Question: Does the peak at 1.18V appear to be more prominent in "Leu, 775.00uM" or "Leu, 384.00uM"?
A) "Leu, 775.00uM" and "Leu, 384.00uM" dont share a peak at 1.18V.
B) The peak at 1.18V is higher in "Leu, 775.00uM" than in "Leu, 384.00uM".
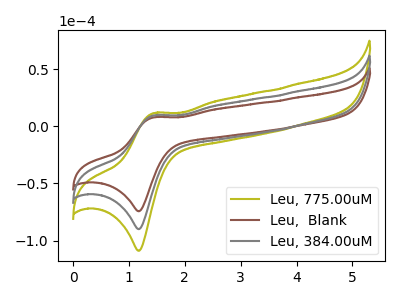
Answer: <think>The olive curve "Leu, 775.00uM" has an anodic peak at (1.45V, 19.30uA) and a cathodic peak at (1.20V, -179.90uA). The brown curve "Leu,  Blank" has an anodic peak at (1.45V, 7.95uA) and a cathodic peak at (1.20V, -74.30uA). The gray curve "Leu, 384.00uM" has an anodic peak at (1.45V, 9.65uA) and a cathodic peak at (1.20V, -89.95uA).</think>
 <answer>B) The peak at 1.18V is higher in "Leu, 775.00uM" than in "Leu, 384.00uM".</answer>
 <eval>B</eval>